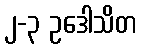
၂-၃ ဥဒေါသိတ